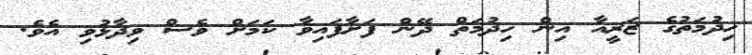
ހިދުމަތުގެ ޒަރީއާ އިން ހިދުމަތް ދޭން ފަށާފައިވާ ކަމަށް ވެސް ވިދާޅުވި އެވެ.